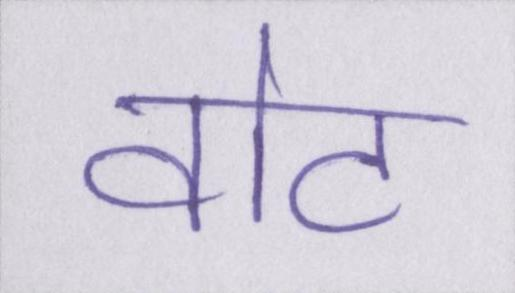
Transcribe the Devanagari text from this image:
वोट